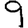
Digit: 9